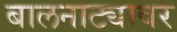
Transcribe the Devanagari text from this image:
बालनाट्यावर